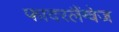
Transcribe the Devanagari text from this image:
फादरलैंग्वेज